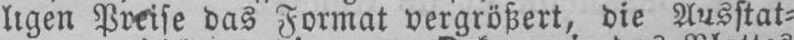
ligen Preise das Format vergrößert, die Ausstat⸗